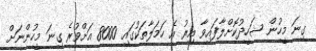
ގިނަ މީހުން ޝަހީދުކޮށްލާފައިވާ އިރު އެ ހަމަލާތަކުގައި 8000 އަށްވުރެ ގިނަ މީހުންނަށް